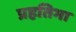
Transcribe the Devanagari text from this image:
प्रहतिभा